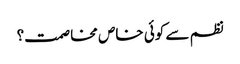
نظم سے کوئی خاص مخاصمت؟